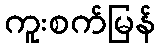
ကူးစက်မြန်